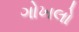
ગોખલો